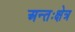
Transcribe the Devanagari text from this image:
अन्तःक्षेत्र